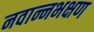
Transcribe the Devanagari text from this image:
नवान्नभक्षण